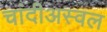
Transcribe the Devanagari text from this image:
चांदीअस्वल